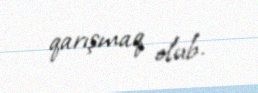
qarışmaq olub.